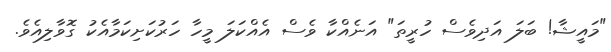
"މައީޝާ! ބަލަ އަދިވެސް ހުރީތަ" އަނެއްކާ ވެސް އެއްކަލަ މީހާ ހަރުކަށިކަމާއެކު ގޮވާލިއެވެ.